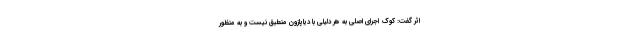
اثر گفت: کوک اجرای اصلی به هر دلیلی با دیاپازون منطبق نیست و به منظور